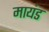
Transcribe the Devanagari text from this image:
मायंड